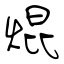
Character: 焜